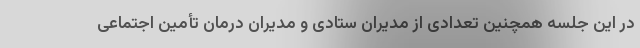
در این جلسه همچنین تعدادی از مدیران ستادی و مدیران درمان تأمین اجتماعی